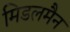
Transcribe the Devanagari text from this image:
मिडलमैन